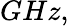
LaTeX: GHz,